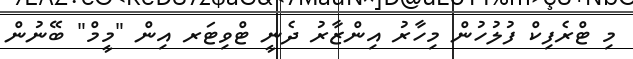
މި ޓްރެފިކް ފުލުހުން މިހާރު އިންޒާރު ދެނީ ޓްވިޓަރ އިން "މީމް" ބޭނުން